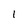
Character: 1